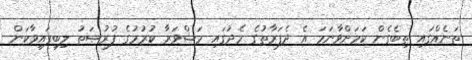
ތަނެއްގައި ތިބެގެން ކަމަށްވާނަމަ އެ ދެފަރާތުގެ މެދުގައި މަޝްވަރާ ކުރުމުގެ ފުރުޞަތު ލިބިފައިވާކަން